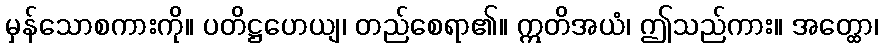
မှန်သောစကားကို။ ပတိဋ္ဌဟေယျ၊ တည်စေရာ၏။ ဣတိအယံ၊ ဤသည်ကား။ အတ္ထော၊